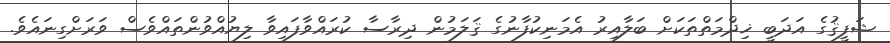
ޝަފީޤުގެ އަދަބީ ޚިދްމަތްތަކަށް ބަލާއިރު އެމަނިކުފާނުގެ ޤަލަމުން ދިރާސާ ކުރައްވާފައިވާ ލިޔުއްވުންތައްވެސް ވަަރަށްގިނައެވެ.